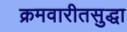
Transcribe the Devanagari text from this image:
क्रमवारीतसुद्धा